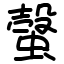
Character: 螜